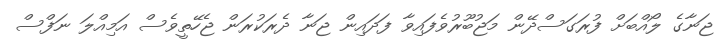
ޖަނާގެ ލޯއްބަށް ފުރަގަސްދޭން މަޖުބޫރުވެފައިވާ ފަދައިން ޖަނާ ދެރަކުރަން ޖެހޭތީވެސް އަމިއްލަ ނަފްސް